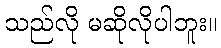
သည်လို မဆိုလိုပါဘူး။